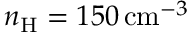
n _ { \mathrm { H } } = 1 5 0 \, \mathrm { c m } ^ { - 3 }